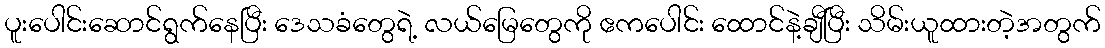
ပူးပေါင်းဆောင်ရွက်နေပြီး ဒေသခံတွေရဲ့ လယ်မြေတွေကို ဧကပေါင်း ထောင်နဲ့ချီပြီး သိမ်းယူထားတဲ့အတွက်